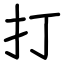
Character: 打